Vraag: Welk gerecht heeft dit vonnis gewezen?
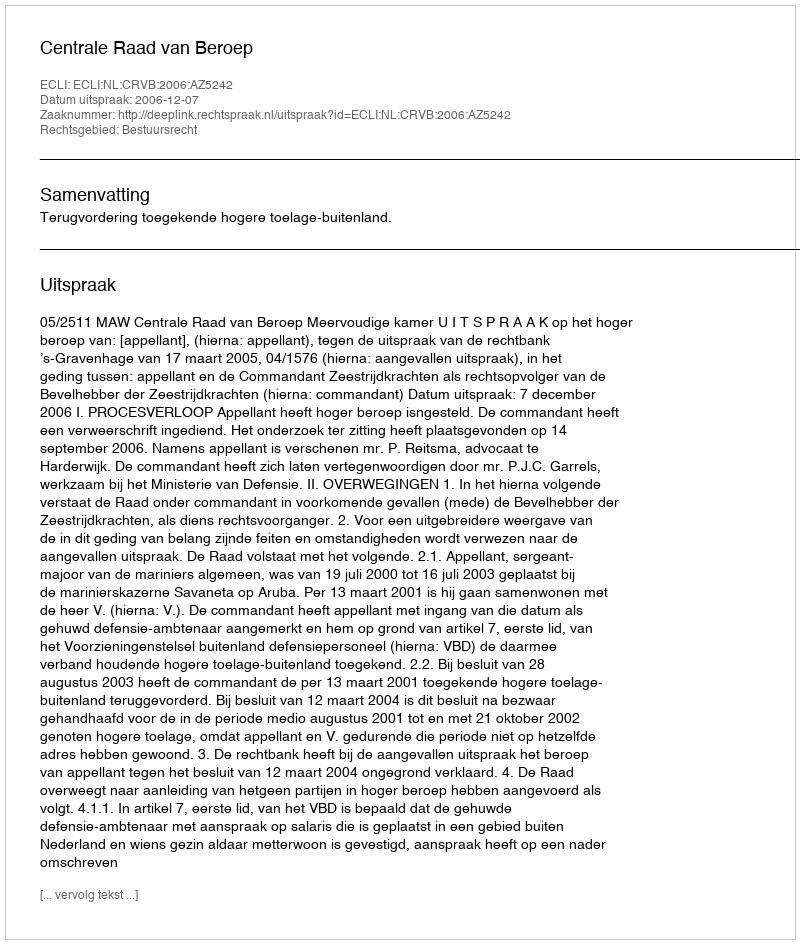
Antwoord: Centrale Raad van Beroep